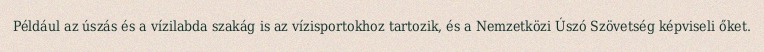
Például az úszás és a vízilabda szakág is az vízisportokhoz tartozik, és a Nemzetközi Úszó Szövetség képviseli őket.